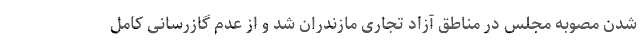
شدن مصوبه مجلس در مناطق آزاد تجاری مازندران شد و از عدم گازرسانی کامل